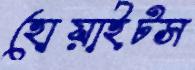
হোয়াইটস